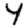
Digit: 4